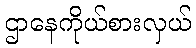
ဌာနေကိုယ်စားလှယ်